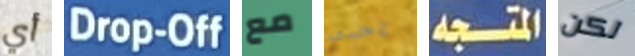
أي Drop-Off مع إحدى المتجه لكن